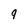
Character: 9